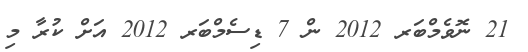
21 ނޮވެމްބަރ 2012 ން 7 ޑިސެމްބަރ 2012 އަށް ކުރާ މި